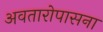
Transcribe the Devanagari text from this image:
अवतारोपासना